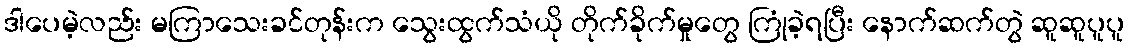
ဒါပေမဲ့လည်း မကြာသေးခင်တုန်းက သွေးထွက်သံယို တိုက်ခိုက်မှုတွေ ကြုံခဲ့ရပြီး နောက်ဆက်တွဲ ဆူဆူပူပူ